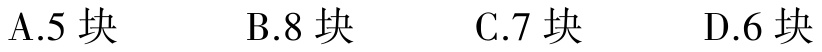
A.5 块  B.8 块  C.7 块  D.6 块